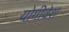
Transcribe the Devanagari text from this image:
योगीवेश